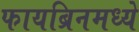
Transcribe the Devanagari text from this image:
फायब्रिनमध्ये